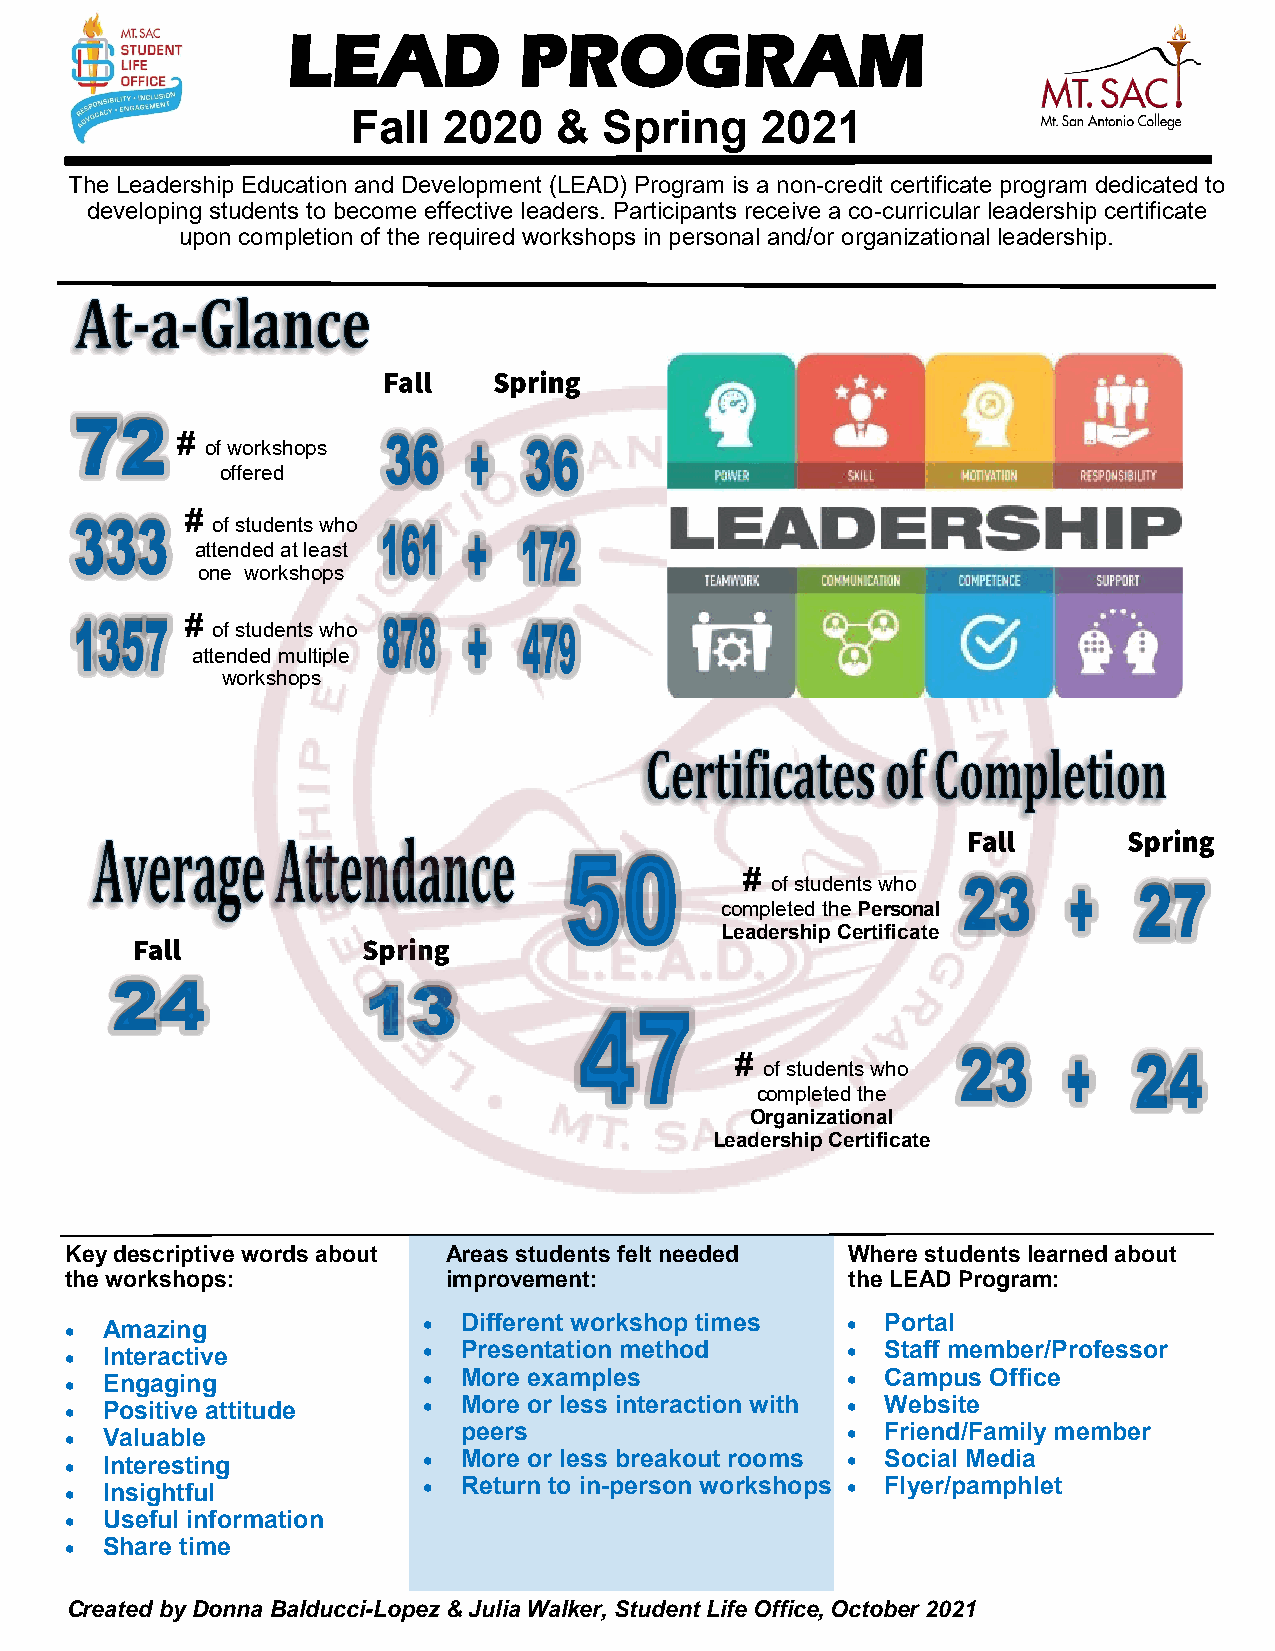
LEAD           PROGRAM
 Fall  2020    &  Spring    2021
 The Leadership Education and Development (LEAD) Program is a non-credit certificate program dedicated to
 developing students to become effective leaders. Participants receive a co-curricular leadership certificate
 upon completion of the required workshops in personal and/or organizational leadership.
 #
 of workshops
 offered
 #
 of students who
 attended at least
 one workshops
 #
 of students who
 attended multiple
 workshops
 #
 of students who
 completed the Personal
 Leadership Certificate
 #
 of students who
 completed the
 Organizational
 Leadership Certificate
 Key descriptive words about Areas students felt needed Where students learned about
 the workshops:            improvement:              the LEAD Program:
   Amazing               Different workshop times    Portal
   Interactive           Presentation method         Staff member/Professor
   Engaging              More examples               Campus Office
   Positive attitude     More or less interaction with  Website
   Valuable               peers                       Friend/Family member
   Interesting           More or less breakout rooms  Social Media
   Insightful            Return to in-person workshops  Flyer/pamphlet
   Useful information
   Share time
 Created by Donna Balducci-Lopez & Julia Walker, Student Life Office, October 2021